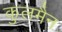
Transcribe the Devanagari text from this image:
कुलमैन